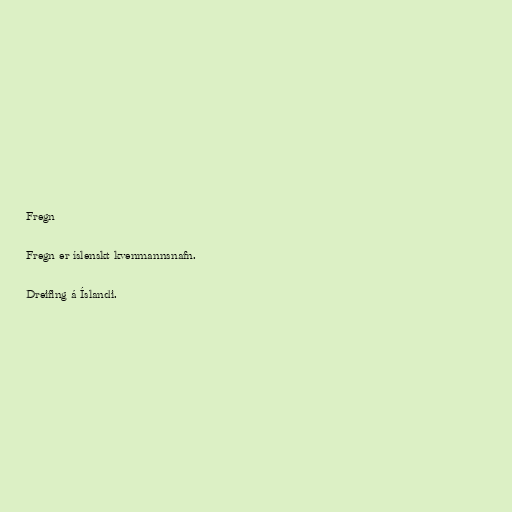
Fregn

Fregn er íslenskt kvenmannsnafn.

Dreifing á Íslandi.